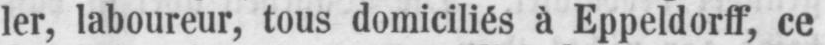
ler, laboureur, tous domiciliés à Eppeldorff, ce